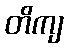
တိကျ